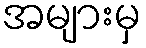
အများမှ